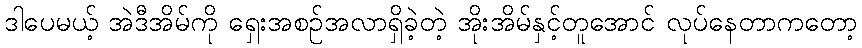
ဒါပေမယ့် အဲဒီအိမ်ကို ရှေးအစဉ်အလာရှိခဲ့တဲ့ အိုးအိမ်နှင့်တူအောင် လုပ်နေတာကတော့